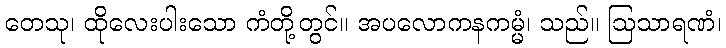
တေသု၊ ထိုလေးပါးသော ကံတို့တွင်။ အပလောကနကမ္မံ၊ သည်။ ဩသာရဏံ၊